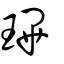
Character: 㻫